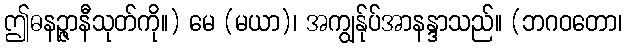
ဤဓနဉ္ဇာနီသုတ်ကို။) မေ (မယာ)၊ အကျွန်ုပ်အာနန္ဒာသည်။ (ဘဂဝတော၊